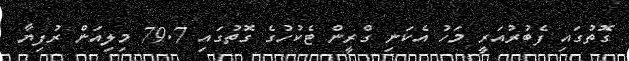
ގޮތުގައި ފެބުރުއަރީ މަހު އެކަނި ގްރީން ޓެކުހުގެ ގޮތުގައި 79.7 މިލިއަން ރުފިޔާ